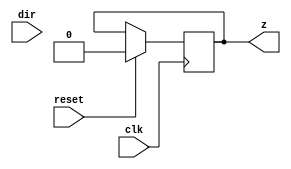
`timescale 1ns / 1ps
//////////////////////////////////////////////////////////////////////////////////
// Company: 
// Engineer: 
// 
// Design Name: 
// Module Name: counter_updown_FSM
// Project Name: 
// Target Devices: 
// Tool Versions: 
// Description: 
// 
// Dependencies: 
// 
// Revision:
// Revision 0.01 - File Created
// Additional Comments:
// 
//////////////////////////////////////////////////////////////////////////////////


module counter_updown_FSM(clk,reset,dir,z);
    input wire clk,reset,dir;
    output reg z;
    
    always@(posedge clk)
    begin
        if(reset)
            z=2'b00;
    end
endmodule